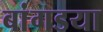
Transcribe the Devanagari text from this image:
बांगडया